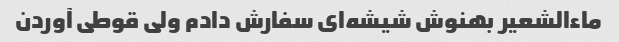
ماءالشعیر بهنوش شیشه‌ای سفارش دادم ولی قوطی آوردن